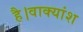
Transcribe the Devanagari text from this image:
है।वाक्यांश